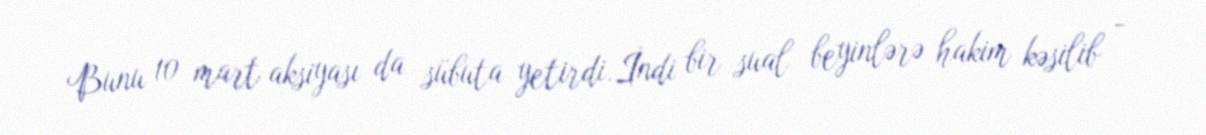
Bunu 10 mart aksiyası da sübuta yetirdi.İndi bir sual beyinlərə hakim kəsilib -